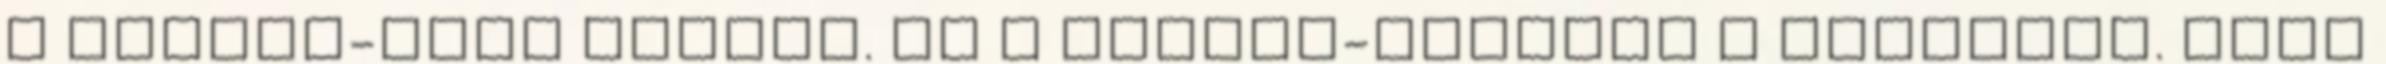
a Kuncze-akol birkái. Ez a bónusz-grátisz a dologban. vagy